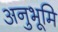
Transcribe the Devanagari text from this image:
अनुभूमि